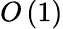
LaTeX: O\left(1\right)